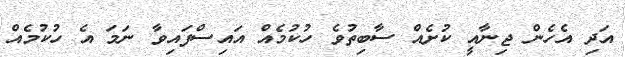
އަދި އެހެން ޖިނާއީ ކުށެއް ސާބިތުވެ ހުކުމެއް އައިސްފައިވާ ނަމަ އެ ހުކުމެއް